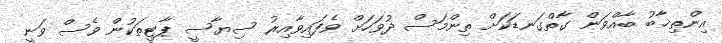
އިންތިޚާބު ބާއްވަން ގާތްގަނޑަކަށް ތިންމަސް ދުވަހަށް ވެފައިވާއިރު ސިޔާސީ ޕާޓީތަކުން ވެސް ވަނީ